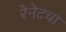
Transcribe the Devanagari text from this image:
रेनेटचा